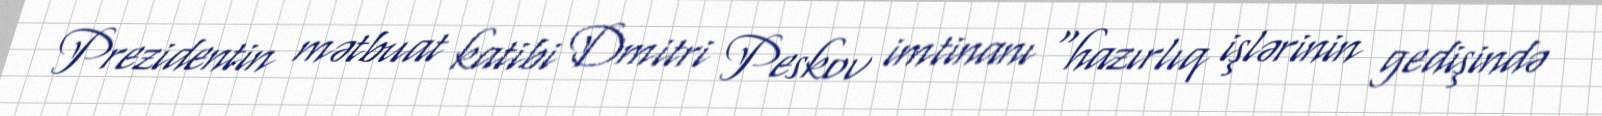
Prezidentin mətbuat katibi Dmitri Peskov imtinanı “hazırlıq işlərinin gedişində